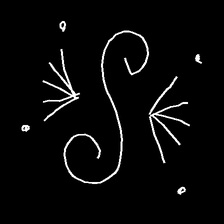
Glyph: aeroform